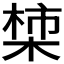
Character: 𪲳